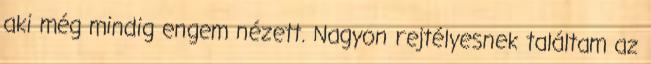
aki még mindig engem nézett. Nagyon rejtélyesnek találtam az